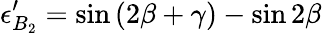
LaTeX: \epsilon_{B_{2}}^{\prime}=\sin\left(2\beta+\gamma\right)-\sin 2\beta